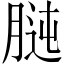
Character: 𦝊